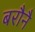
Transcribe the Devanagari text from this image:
बरौनै